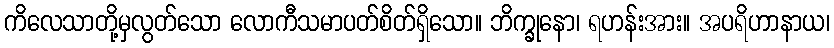
ကိလေသာတို့မှလွတ်သော လောကီသမာပတ်စိတ်ရှိသော။ ဘိက္ခုနော၊ ရဟန်းအား။ အပရိဟာနာယ၊